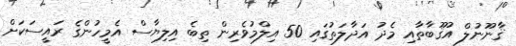
ޤާނޫނުލް އުޤޫބާތާއި މެދު އަދާލަތުގައި 50 އިލްމުވެރިން ތިބެ އިލިޔާސް އެމީހުންގެ ރައީސަކަށް